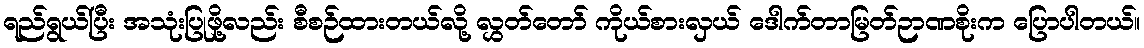
ရည်ရွယ်ပြီး အသုံးပြုဖို့လည်း စီစဉ်ထားတယ်လို့ လွှတ်တော် ကိုယ်စားလှယ် ဒေါက်တာမြတ်ဉာဏစိုးက ပြောပါတယ်။